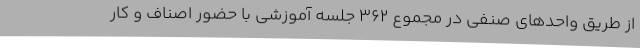
از طریق واحدهای صنفی در مجموع 362 جلسه آموزشی با حضور اصناف و کار